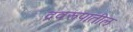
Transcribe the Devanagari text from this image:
द्रवरूपातील